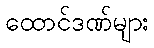
ထောင်ဒဏ်များ